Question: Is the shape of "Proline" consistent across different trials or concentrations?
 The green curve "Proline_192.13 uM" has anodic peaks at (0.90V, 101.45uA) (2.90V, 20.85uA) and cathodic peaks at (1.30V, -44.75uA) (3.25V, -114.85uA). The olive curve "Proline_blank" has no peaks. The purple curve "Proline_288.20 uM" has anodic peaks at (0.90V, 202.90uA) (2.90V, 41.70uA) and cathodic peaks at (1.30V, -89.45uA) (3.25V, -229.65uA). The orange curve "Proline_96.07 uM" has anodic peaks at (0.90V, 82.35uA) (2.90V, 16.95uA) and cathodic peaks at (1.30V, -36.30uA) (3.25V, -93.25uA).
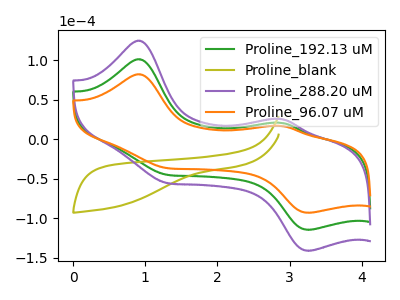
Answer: <think>"Proline_192.13 uM" and "Proline_blank" have a different number of peaks. All the peaks in "Proline_192.13 uM" have a peak in "Proline_288.20 uM" at the same potential. Every peak in "Proline_192.13 uM" is lower than every peak in "Proline_288.20 uM". All the peaks in "Proline_192.13 uM" have a peak in "Proline_96.07 uM" at the same potential. Every peak in "Proline_192.13 uM" is higher than every peak in "Proline_96.07 uM". "Proline_blank" and "Proline_288.20 uM" have a different number of peaks. "Proline_blank" and "Proline_96.07 uM" have a different number of peaks. All the peaks in "Proline_288.20 uM" have a peak in "Proline_96.07 uM" at the same potential. Every peak in "Proline_288.20 uM" is higher than every peak in "Proline_96.07 uM".
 </think>
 <answer>All the CV's of "Proline" have similar shape.</answer>
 <eval>follow_rule</eval>